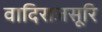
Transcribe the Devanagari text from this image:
वादिराजसूरि